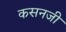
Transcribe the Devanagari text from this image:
कसनजी